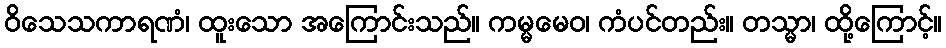
ဝိသေသကာရဏံ၊ ထူးသော အကြောင်းသည်။ ကမ္မမေဝ၊ ကံပင်တည်း။ တသ္မာ၊ ထို့ကြောင့်။